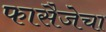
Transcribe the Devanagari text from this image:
फासैजेचा